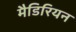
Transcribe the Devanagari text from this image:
मैडिरियन